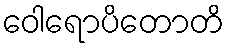
ဝေါရောပိတောတိ